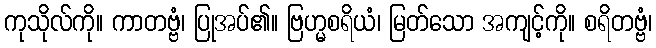
ကုသိုလ်ကို။ ကာတဗ္ဗံ၊ ပြုအပ်၏။ ဗြဟ္မစရိယံ၊ မြတ်သော အကျင့်ကို။ စရိတဗ္ဗံ၊